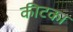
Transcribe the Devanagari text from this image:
कीटका